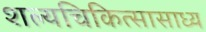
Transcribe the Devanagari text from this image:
शल्यचिकित्सासाध्य